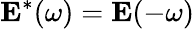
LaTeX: \mathbf{E}^{*}(\omega)=\mathbf{E}(-\omega)